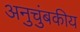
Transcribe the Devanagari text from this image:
अनुचुंबकीय